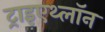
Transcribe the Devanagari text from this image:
ट्राइएथ्लॉन